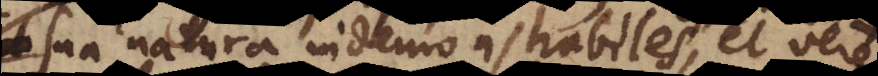
sua natura indemonstrabiles esse, et vere